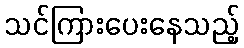
သင်ကြားပေးနေသည့်